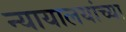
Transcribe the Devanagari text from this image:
न्यायालयांच्या